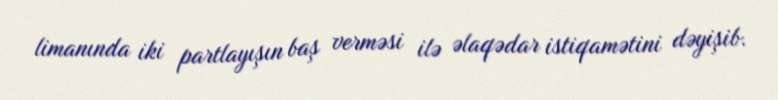
limanında iki partlayışın baş verməsi ilə əlaqədar istiqamətini dəyişib.